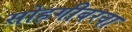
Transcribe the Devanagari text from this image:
सोहगीबरवा